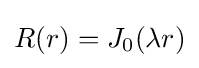
R(r)=J_{0}(\lambda r)